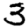
Digit: 3